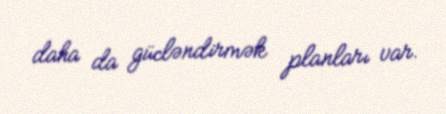
daha da gücləndirmək planları var.